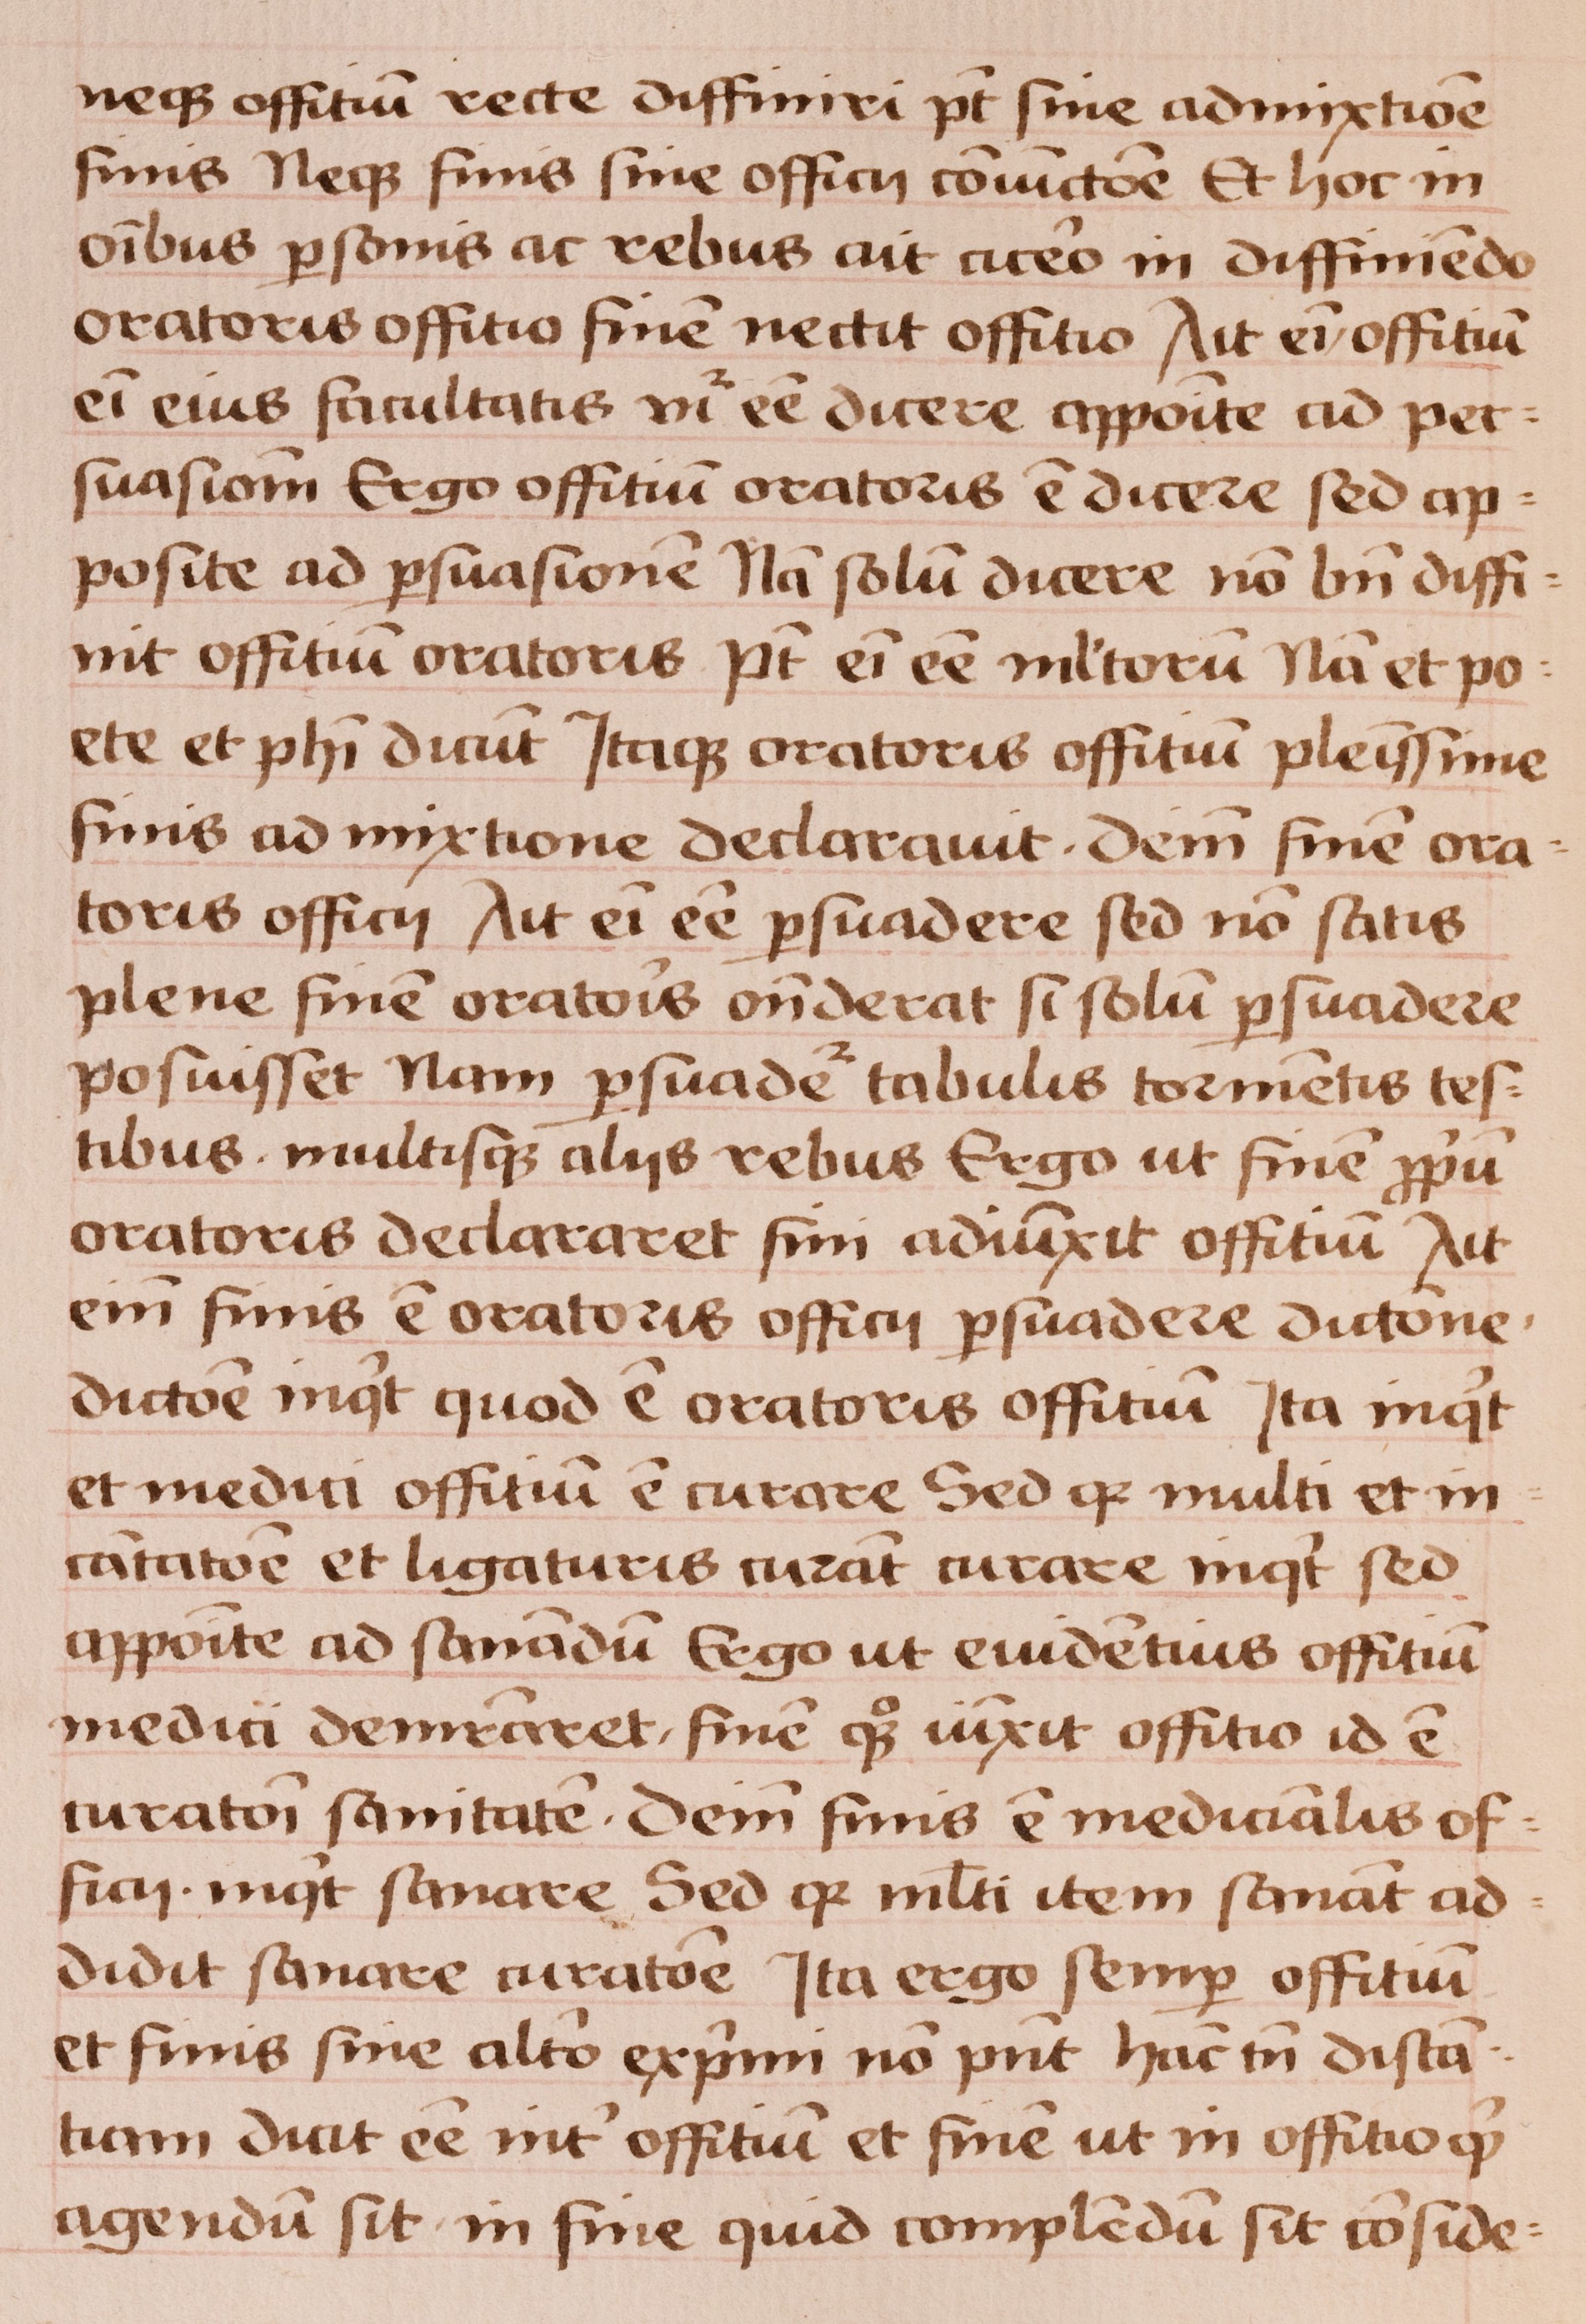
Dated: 1450–1474